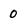
Character: 0